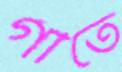
গীতে